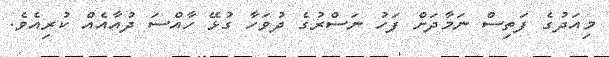
މިއަދުގެ ފަތިސް ނަމާދަށް ފަހު ނަސްރުގެ ދުވަހާ ގުޅޭ ހާއްސަ ދުއާއެއް ކުރިއެވެ.